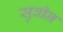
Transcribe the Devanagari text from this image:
सुव्रीन